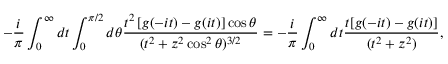
- \frac { i } { \pi } \int _ { 0 } ^ { \infty } d t \int _ { 0 } ^ { \pi / 2 } d \theta \frac { t ^ { 2 } \left[ g ( - i t ) - g ( i t ) \right] \cos \theta } { ( t ^ { 2 } + z ^ { 2 } \cos ^ { 2 } \theta ) ^ { 3 / 2 } } = - \frac { i } { \pi } \int _ { 0 } ^ { \infty } d t \frac { t [ g ( - i t ) - g ( i t ) ] } { ( t ^ { 2 } + z ^ { 2 } ) } ,